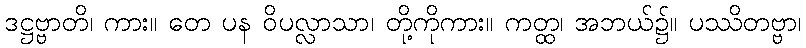
ဒဋ္ဌဗ္ဗာတိ၊ ကား။ တေ ပန ဝိပလ္လာသာ၊ တို့ကိုကား။ ကတ္ထ၊ အဘယ်၌။ ပဿိတဗ္ဗာ၊